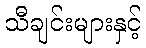
သီချင်းများနှင့်